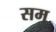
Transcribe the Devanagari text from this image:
समु